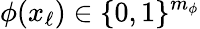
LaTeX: \phi(x_{\ell})\in\{ 0,1\} ^{m_{\phi}}